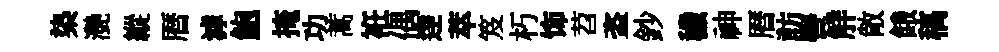
𣑱灔縱暦滹鮑掩功蒿袵偶逹萃笈朽饰苕盗鈔穢神暦訪彎觧敞餓稿